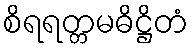
စိရရတ္တမဓိဋ္ဌိတံ